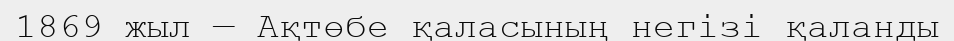
1869 жыл — Ақтөбе қаласының негізі қаланды